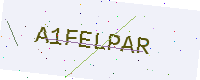
Text: A1FELPAR